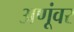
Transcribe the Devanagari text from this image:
अणूंवर